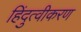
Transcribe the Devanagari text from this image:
हिंदुत्वीकरण